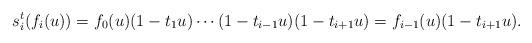
LaTeX: \begin{align*}s_i^t( f_{i}(u))= f_0(u) (1-t_1u)\cdots (1-t_{i-1}u) (1-t_{i+1}u)= f_{i-1}(u)(1-t_{i+1}u).\end{align*}